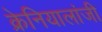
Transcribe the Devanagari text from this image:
क्रेनियालांजी